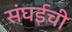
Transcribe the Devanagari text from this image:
संघईची